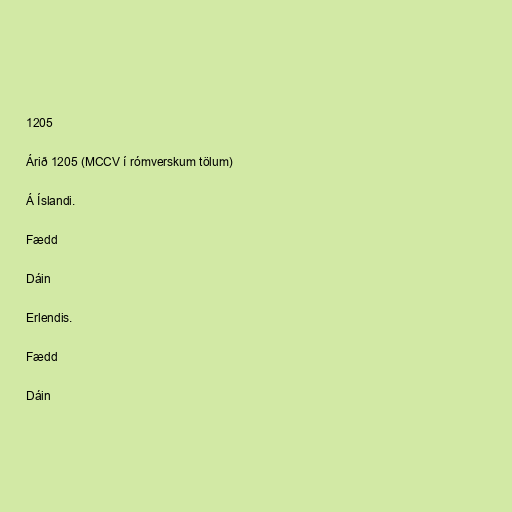
1205

Árið 1205 (MCCV í rómverskum tölum)

Á Íslandi.

Fædd

Dáin

Erlendis.

Fædd

Dáin